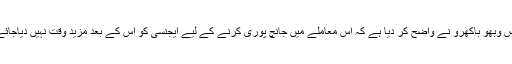
جسٹس وبھو باکھرو نے واضح کر دیا ہے کہ اس معاملے میں جانچ پوری کرنے کے لیے ایجنسی کو اس کے بعد مزید وقت نہیں دیاجائےگا ۔